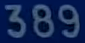
389